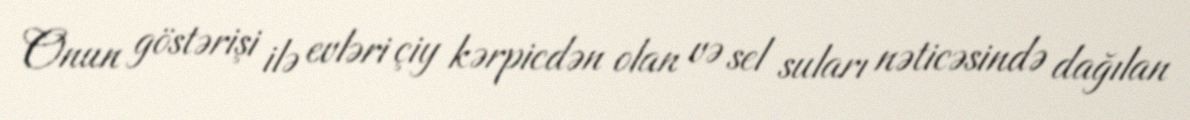
Onun göstərişi ilə evləri çiy kərpicdən olan və sel suları nəticəsində dağılan